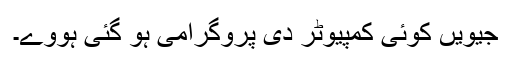
جیویں کوئی کمپیوٹر دی پروگرامی ہو گئی ہووے۔